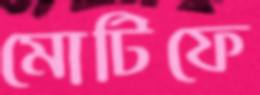
মোটিফে